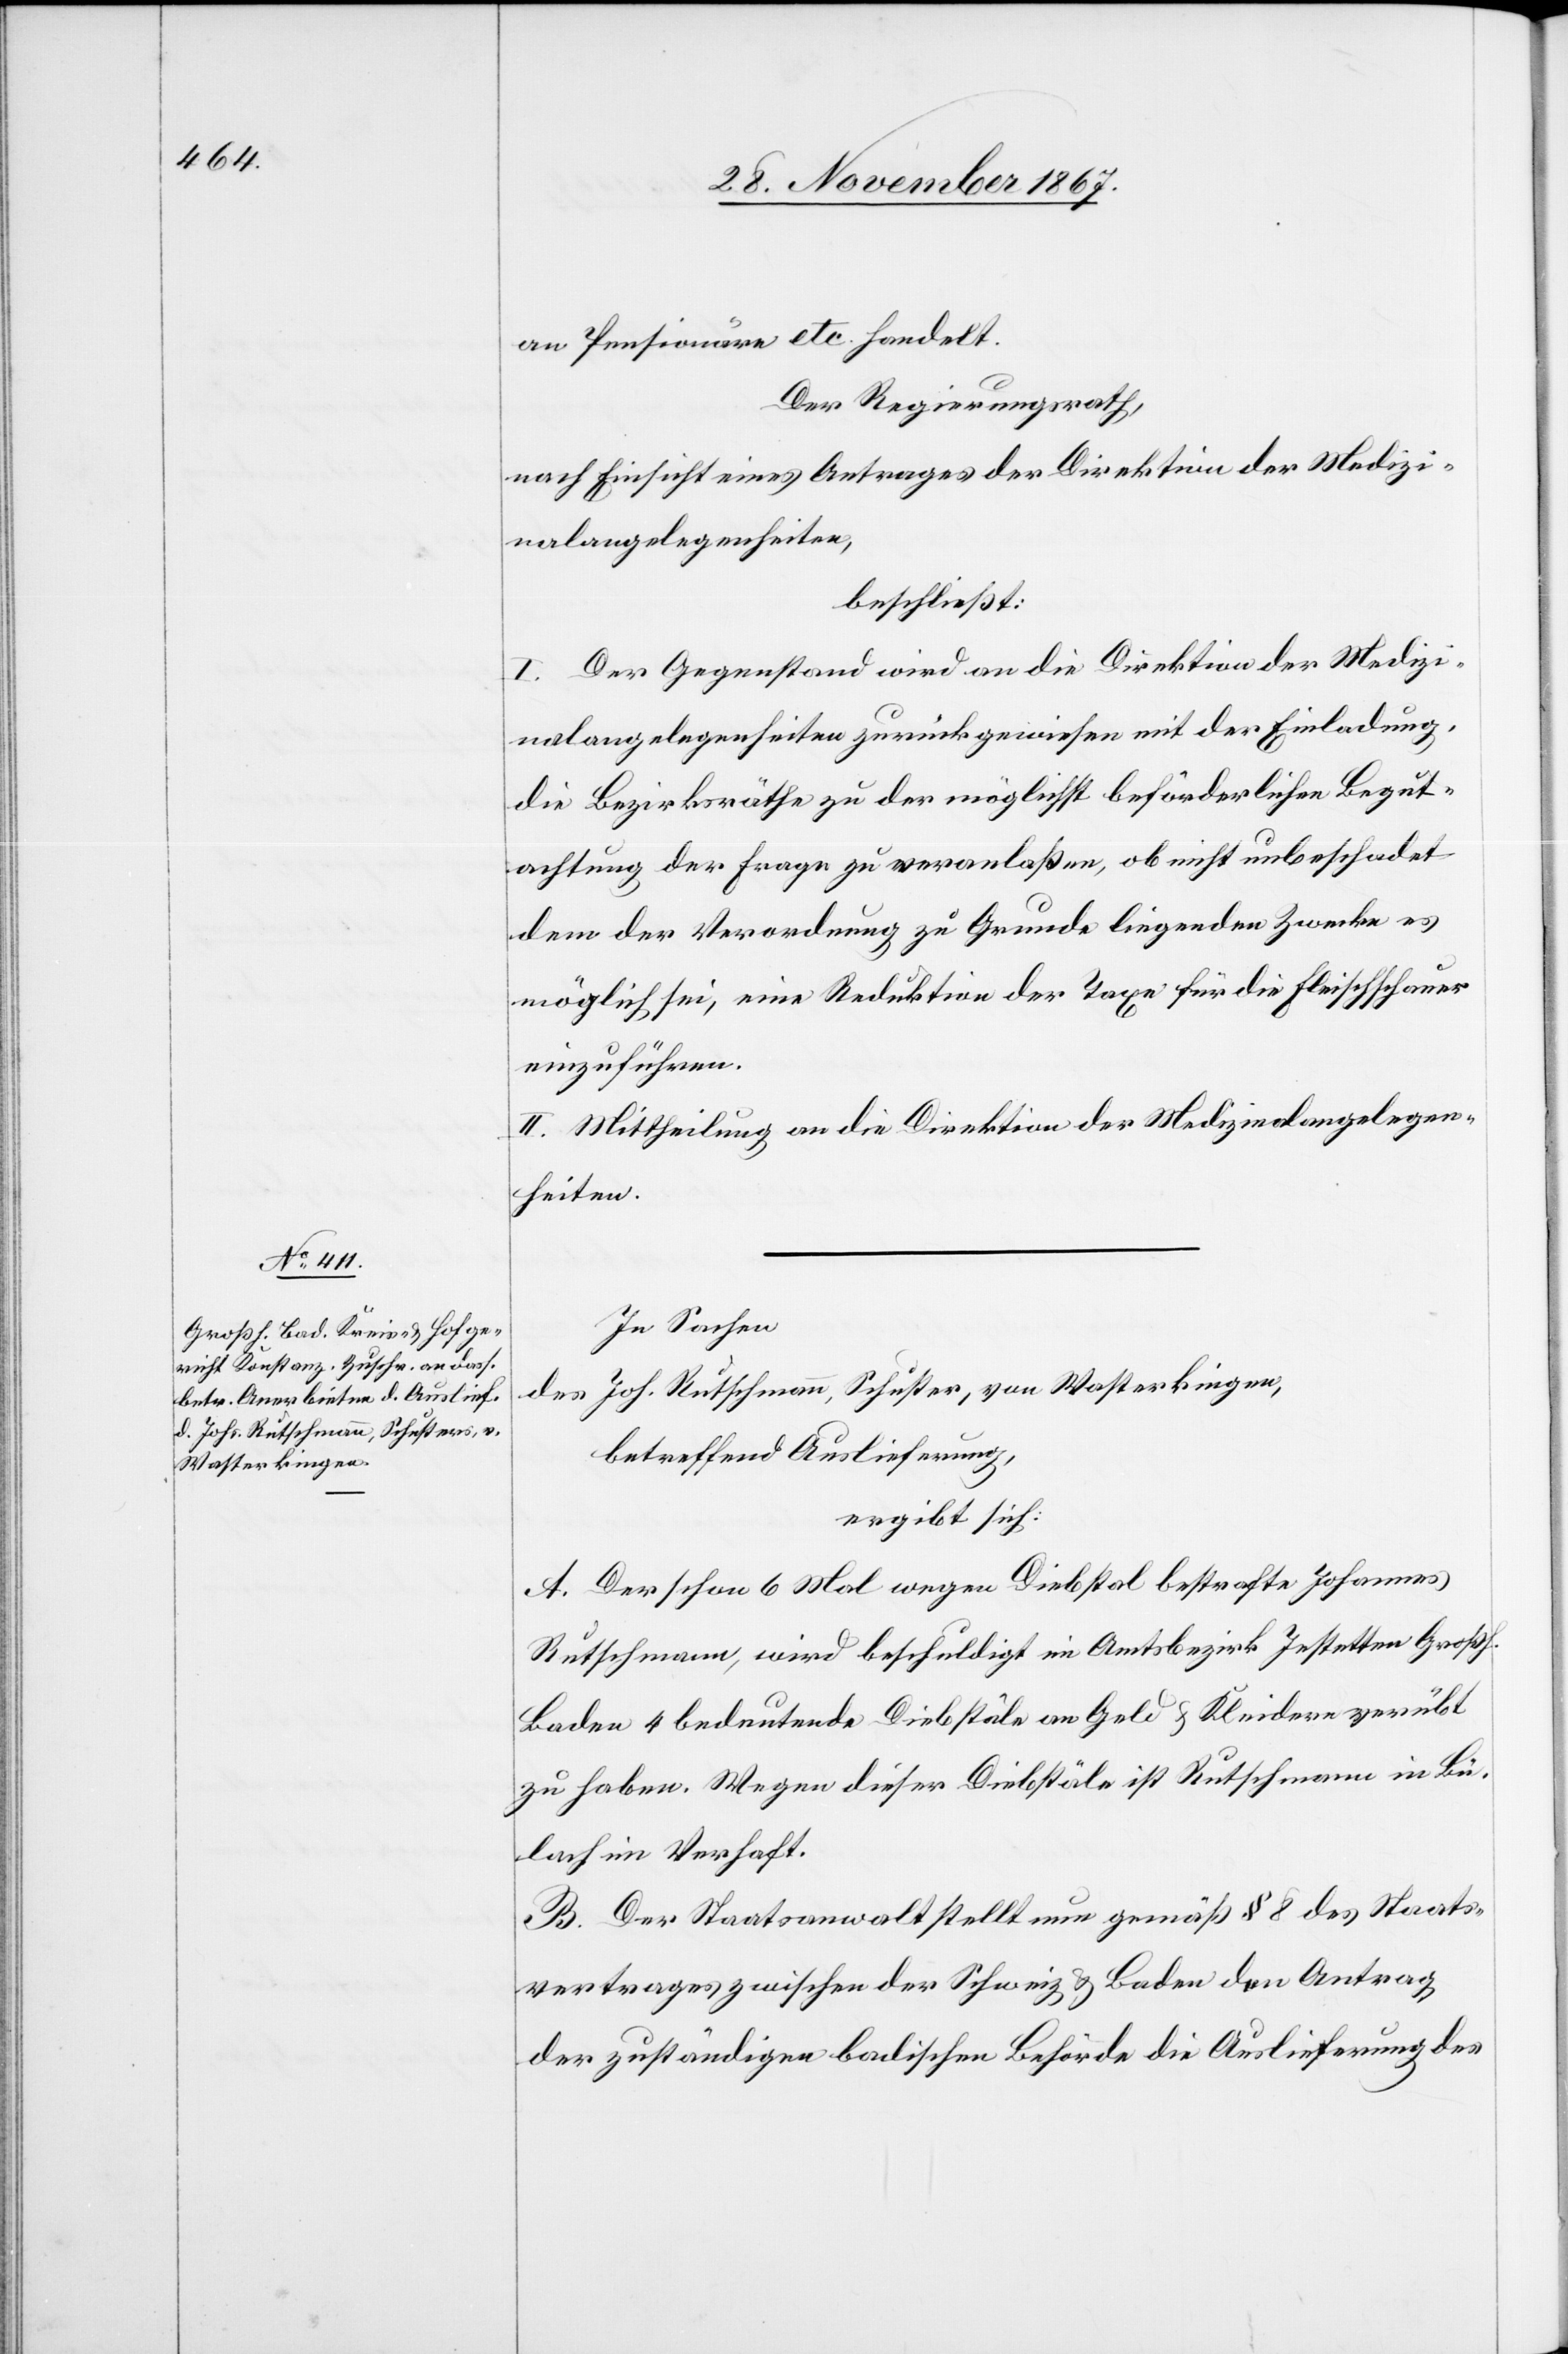
an Pensionäre etc. handelt.
Der Regierungsrath,
nach Einsicht eines Antrages der Direktion der Medizi¬
nalangelegenheiten,
beschließt:
I. Der Gegenstand wird an die Direktion der Medizi¬
nalangelegenheiten zurückgewiesen mit der Einladung,
die Bezirksräthe zu der möglichst beförderlichen Begut¬
achtung der Frage zu veranlaßen, ob nicht unbeschadet
dem der Verordnung zu Grunde liegenden Zwecke es
möglich sei, eine Reduktion der Taxe für die Fleischschau
einzuführen.
II. Mittheilung an die Direktion der Medizinalangelegen¬
heiten.
In Sachen
des Joh. Rutschmann, Schuster, von Wasterkingen,
betreffend Auslieferung,
ergibt sich:
A. Der schon 6 Mal wegen Diebstal bestrafte Johannes
Rutschmann, wird beschuldigt im Amtsbezirk Jestetten Großh.
Baden 4 bedeutende Diebstäle an Geld u. Kleidern verübt
zu haben. Wegen dieser Diebstäle ist Rutschmann in Bü¬
lach in Verhaft.
B. Der Staatsanwalt stellt nun gemäß § 8 des Staats¬
vertrages zwischen der Schweiz u. Baden den Antrag
der zuständigen badischen Behörde die Auslieferung des